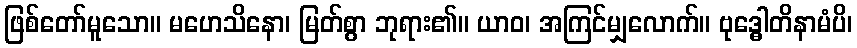
ဖြစ်တော်မူသော။ မဟေသိနော၊ မြတ်စွာ ဘုရား၏။ ယာဝ၊ အကြင်မျှလောက်။ ဗုဒ္ဓေါတိနာမံပိ၊